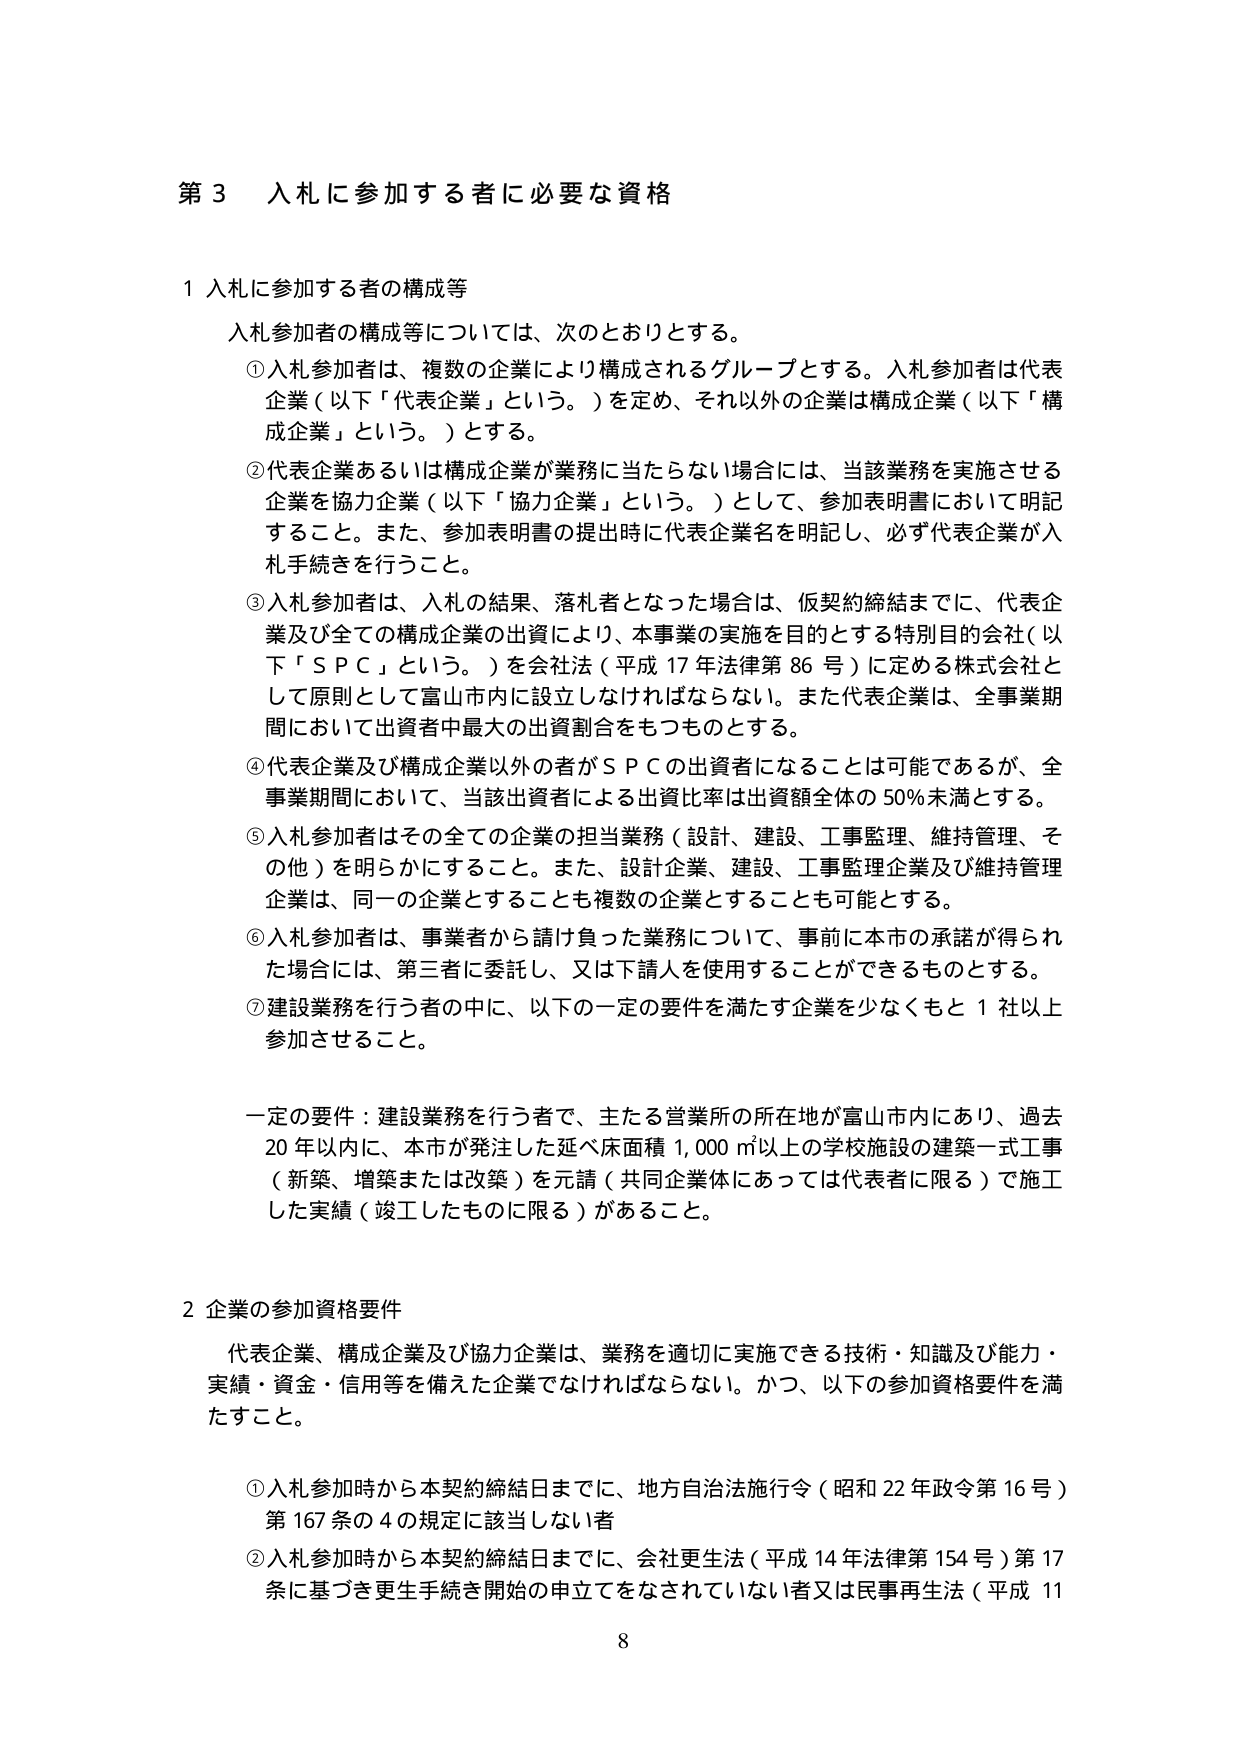
第３ 入札に参加する者に必要な資格

１ 入札に参加する者の構成等

入札参加者の構成等については、次のとおりとする。

①入札参加者は、複数の企業により構成されるグループとする。入札参加者は代表企業（以下「代表企業」という。）を定め、それ以外の企業は構成企業（以下「構成企業」という。）とする。

②代表企業あるいは構成企業が業務に当たらない場合には、当該業務を実施させる企業を協力企業（以下「協力企業」という。）として、参加表明書において明記すること。また、参加表明書の提出時に代表企業名を明記し、必ず代表企業が入札手続きを行うこと。

③入札参加者は、入札の結果、落札者となった場合は、仮契約締結までに、代表企業及び全ての構成企業の出資により、本事業の実施を目的とする特別目的会社（以下「ＳＰＣ」という。）を会社法（平成17年法律第86号）に定める株式会社として原則として富山市内に設立しなければならない。また代表企業は、全事業期間において出資者中最大の出資割合をもつものとする。

④代表企業及び構成企業以外の者がＳＰＣの出資者になることは可能であるが、全事業期間において、当該出資者による出資比率は出資額全体の50％未満とする。

⑤入札参加者はその全ての企業の担当業務（設計、建設、工事監理、維持管理、その他）を明らかにすること。また、設計企業、建設、工事監理企業及び維持管理企業は、同一の企業とすることも複数の企業とすることも可能とする。

⑥入札参加者は、事業者から請け負った業務について、事前に本市の承諾が得られた場合には、第三者に委託し、又は下請人を使用することができるものとする。

⑦建設業務を行う者の中に、以下の一定の要件を満たす企業を少なくとも１社以上参加させること。

一定の要件：建設業務を行う者で、主たる営業所の所在地が富山市内にあり、過去20年以内に、本市が発注した延べ床面積1,000㎡以上の学校施設の建築一式工事（新築、増築または改築）を元請（共同企業体にあっては代表者に限る）で施工した実績（竣工したものに限る）があること。

２ 企業の参加資格要件

代表企業、構成企業及び協力企業は、業務を適切に実施できる技術・知識及び能力・実績・資金・信用等を備えた企業でなければならない。かつ、以下の参加資格要件を満たすこと。

①入札参加時から本契約締結日までに、地方自治法施行令（昭和22年政令第16号）第167条の４の規定に該当しない者

②入札参加時から本契約締結日までに、会社更生法（平成14年法律第154号）第17条に基づき更生手続き開始の申立てをなされていない者又は民事再生法（平成11

8